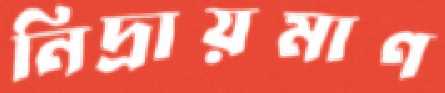
নিদ্রায়মাণ